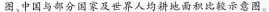
图，中国与部分国家及世界人均耕地面积比较示意图。